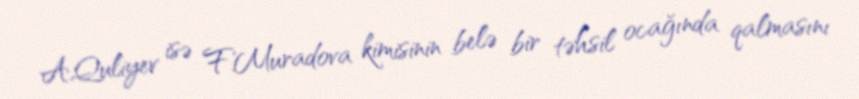
A.Quliyev isə F.Muradova kimisinin belə bir təhsil ocağında qalmasını